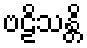
ဗဠိသန္တိ